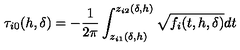
\tau _ { i 0 } ( h , \delta ) = - \frac { 1 } { 2 \pi } \int _ { z _ { i 1 } ( \delta , h ) } ^ { z _ { i 2 } ( \delta , h ) } \sqrt { f _ { i } ( t , h , \delta ) } d t